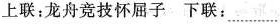
上联:龙舟竞技怀屈子下联：…..